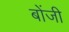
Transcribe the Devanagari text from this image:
बोंजी